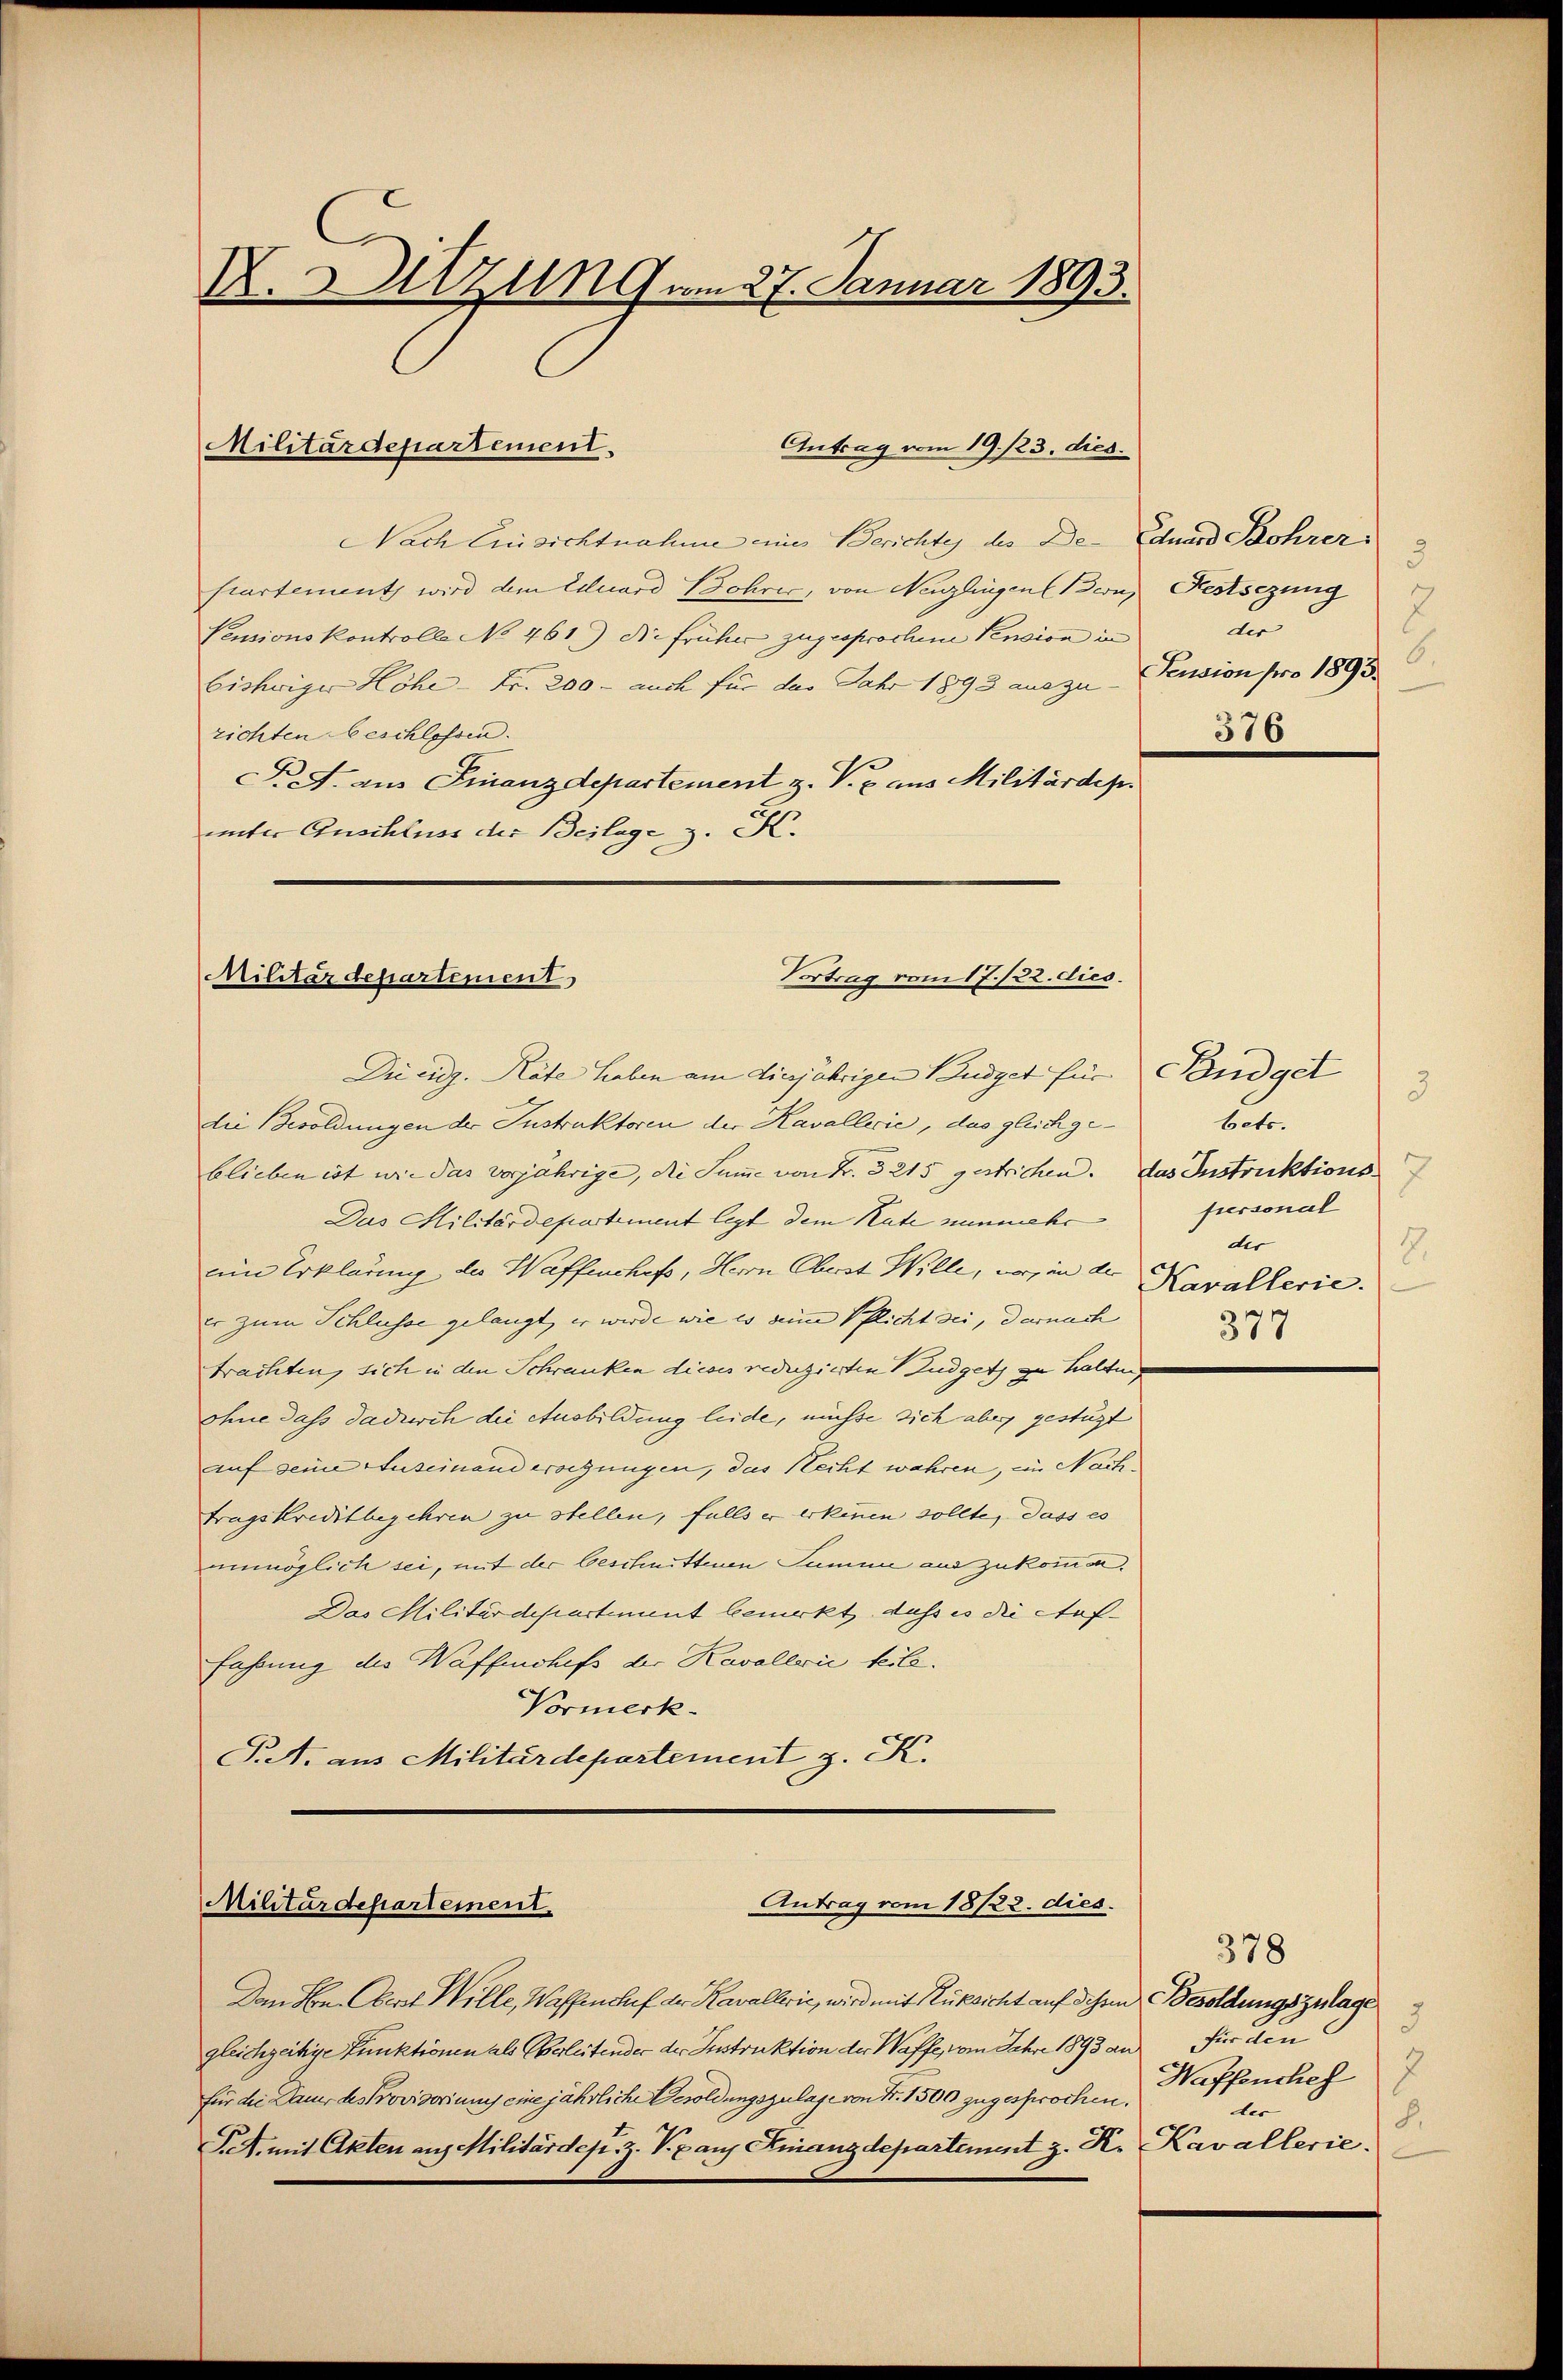
K. Urzung am 27. Januar 1893.

Nach Einsichtnahme eines Berichtes des De- Eduard Bohrer
partement wird dem Eduard Bohrer, von Neuzlingen Bern, Festsezung
Pensionskontrolle No 461.) Die früher zugesprochene Pension in
Eishwiger Höhe - Fr. 200 - auch für das Jahr 1893 auszu
zichten beschlossen.
F. J. aus Finanzdepartement z. V. p. aus Militärdep
unter Anschluss der Beilage, z. K.

Militärdepartement.

Antrag vom 19. 123. dies

Vortrag vom 17./22. dies.
Militärdepartement

Die eidg. Räte haben am diesjährigen Budget für Pandget
die Besoldungen der Instruktoren der Kavallerie, das gleichgeblieben ist wie das vorjährige, die Summe von Fr. 3215 gestrichen. das Instruktions-
Das Militärdepartement legt dem Rate nunmehr
ein Erklärung der Waffenchefs, Herrn Oberst Wille, wo in der Kavallerie.
er zum Schlusse gelangt, er wurde wie es seine Pflicht sei, darnach
trachten, sich in den Schranken dieses reduzierten Zudgets zu halten
ohne dass dadurch die Ausbildung leide, müsse sich aber gestüzt
auf seine Auseinand erregungen, das Recht wahren, im Nachtragskreditbegehren zu stellen, falls er erkennen sollte, dass es
unmöglich sei, mit der beschnittenen Summe aus zukommen,
Das Militärdepartement bemerkt, dass es die Auffahrung des Waffenchefs der Kavallerii teile.
Vormerk
P.A. aus Militärdepartement z. K.

Antrag vom 18/22. dies.
Militärdepartement

Dan Hrn. Obert Wille, Waffenchef der Kavallerie, wird mit Rüksicht auf dehen Besoldungszulage
gleichzeitige Punktionen als Oberleitender der Instruktion der Waffe, vom Jahre 1893 an für den
für die Dauer des Provisoriums eine jährliche Besoldungszulage von Fr. 1500 zugesprochen.
Pet. mit Akten aus Militärdep. z. Kranz Finanzdepartement z. K. Kavallerie.

3
E
der
6.
Pension pro 1893.
376

3.
betr.
fiersonal
der
2.
377

378
9
7
Waffenchef
der
8.